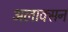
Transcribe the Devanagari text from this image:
अलाक्सन